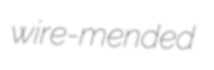
wire-mended